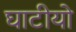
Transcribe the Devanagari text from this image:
घाटीयो